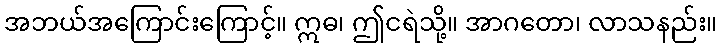
အဘယ်အကြောင်းကြောင့်။ ဣဓ၊ ဤငရဲသို့။ အာဂတော၊ လာသနည်း။